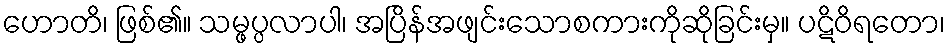
ဟောတိ၊ ဖြစ်၏။ သမ္ဖပ္ပလာပါ၊ အပြိန်အဖျင်းသောစကားကိုဆိုခြင်းမှ။ ပဋိဝိရတော၊